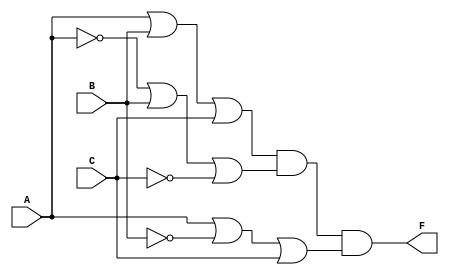
module pos_simplification (
    input wire A,
    input wire B,
    input wire C,
    output wire F
);

// Define the sum terms based on the POS expression
wire sum1, sum2, sum3;

// Sum term 1: (A + B + C)
assign sum1 = A | B | C;

// Sum term 2: (A' + B + C')
assign sum2 = ~A | B | ~C;

// Sum term 3: (A + B' + C)
assign sum3 = A | ~B | C;

// Final output: F = sum1 * sum2 * sum3
assign F = sum1 & sum2 & sum3;

endmodule